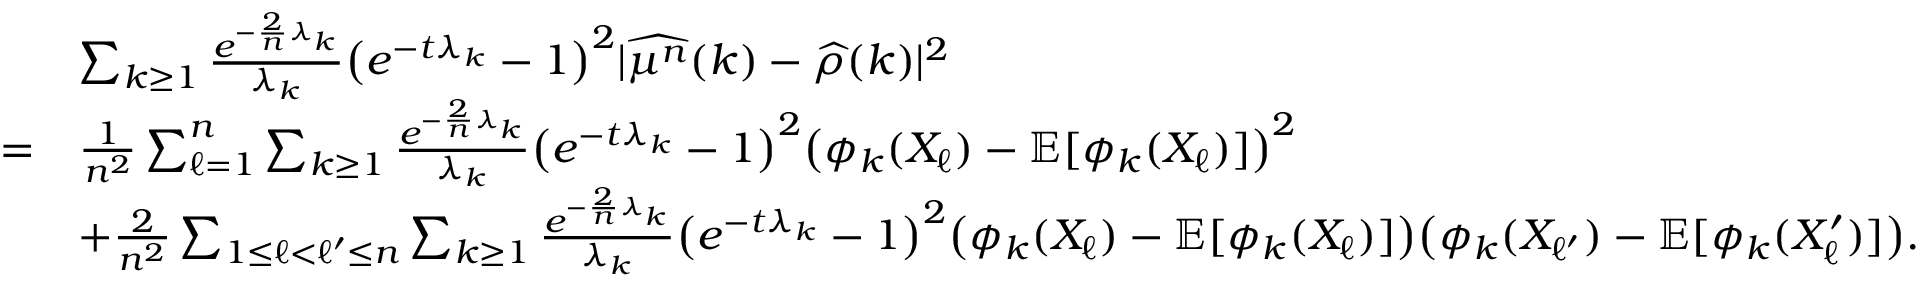
\begin{array} { r l } & { \sum _ { k \geq 1 } \frac { e ^ { - \frac { 2 } { n } \lambda _ { k } } } { \lambda _ { k } } \big ( e ^ { - t \lambda _ { k } } - 1 \big ) ^ { 2 } \vert \widehat { \mu ^ { n } } ( k ) - \widehat { \rho } ( k ) \vert ^ { 2 } } \\ { = } & { \frac { 1 } { n ^ { 2 } } \sum _ { \ell = 1 } ^ { n } \sum _ { k \geq 1 } \frac { e ^ { - \frac { 2 } { n } \lambda _ { k } } } { \lambda _ { k } } \big ( e ^ { - t \lambda _ { k } } - 1 \big ) ^ { 2 } \big ( \phi _ { k } ( X _ { \ell } ) - \mathbb { E } [ \phi _ { k } ( X _ { \ell } ) ] \big ) ^ { 2 } } \\ & { + \frac { 2 } { n ^ { 2 } } \sum _ { 1 \leq \ell < \ell ^ { \prime } \leq n } \sum _ { k \geq 1 } \frac { e ^ { - \frac { 2 } { n } \lambda _ { k } } } { \lambda _ { k } } \big ( e ^ { - t \lambda _ { k } } - 1 \big ) ^ { 2 } \big ( \phi _ { k } ( X _ { \ell } ) - \mathbb { E } [ \phi _ { k } ( X _ { \ell } ) ] \big ) \big ( \phi _ { k } ( X _ { \ell ^ { \prime } } ) - \mathbb { E } [ \phi _ { k } ( X _ { \ell } ^ { \prime } ) ] \big ) . } \end{array}